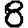
Digit: 8